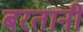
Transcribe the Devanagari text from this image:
बरतानी